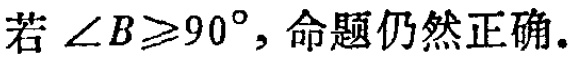
若\(\angle B\geqslant90^{\circ}\)，命题仍然正确。